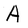
Character: A